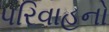
પરિવાહનો